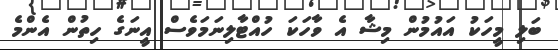
ބަލި މީހަކު އައުމުން މިޝާ އެ ވާހަކަ ހުއްޓާލިނަމަވެސް އީނަގެ ހިތުން އެންމެ